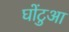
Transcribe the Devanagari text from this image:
घोंटुआ